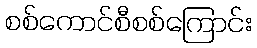
စစ်ကောင်စီစစ်ကြောင်း